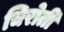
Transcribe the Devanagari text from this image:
चिरोती